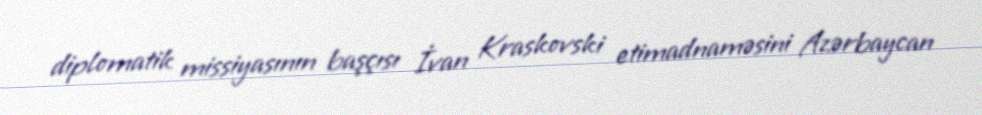
diplomatik missiyasının başçısı İvan Kraskovski etimadnaməsini Azərbaycan